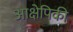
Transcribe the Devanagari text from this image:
आक्षेपिकी